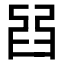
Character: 𦥮